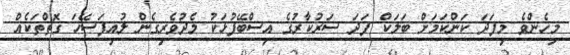
މިހެންވެ މިފަދަ ކަންކަމަށް ބަލަކް ފަދަ ސަރުކާރުގެ އިސްބޭފުޅަކު މެދުވެރިގެން ލުއިފަސޭހަ ގޮތްތަކެއް